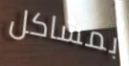
بمشاكل